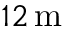
1 2 \, \mathrm { m }